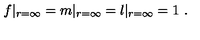
f | _ { r = \infty } = m | _ { r = \infty } = l | _ { r = \infty } = 1 \ .